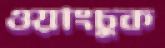
ওয়াংচুক